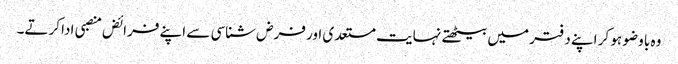
وہ با وضو ہو کر اپنے دفتر میں بیٹھتے نہایت مستعدی اور فرض شناسی سے اپنے فرائض منصبی ادا کرتے۔